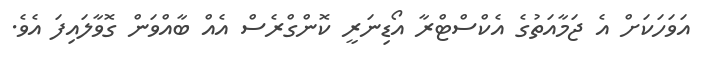
އަވަހަކަށް އެ ޖަމާއަތުގެ އެކްސްޓްރާ އޯޑިނަރީ ކޮންގްރެސް އެއް ބާއްވަން ގޮވާލައިފަ އެވެ.